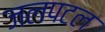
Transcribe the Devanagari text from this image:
जलपटल